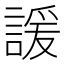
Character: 諼